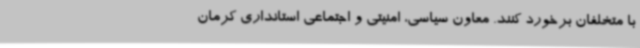
با متخلفان برخورد کنند. معاون سیاسی، امنیتی و اجتماعی استانداری کرمان